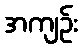
အကျဉ်း